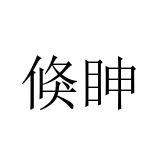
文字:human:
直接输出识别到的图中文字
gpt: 倏眒